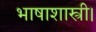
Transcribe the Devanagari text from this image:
भाषाशास्त्री।